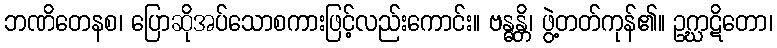
ဘဏိတေနစ၊ ပြောဆိုအပ်သောစကားဖြင့်လည်းကောင်း။ ဗန္ဓန္တိ၊ ဖွဲ့တတ်ကုန်၏။ ဥဂ္ဃာဋိတော၊